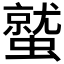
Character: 𮕀